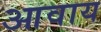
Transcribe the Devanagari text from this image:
आवाय